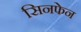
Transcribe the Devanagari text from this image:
सिनफेन